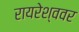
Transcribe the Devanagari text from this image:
रायरेश्ववर